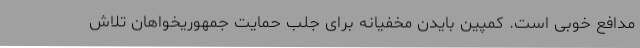
مدافع خوبی است. کمپین بایدن مخفیانه برای جلب حمایت جمهوریخواهان تلاش